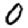
Digit: 0